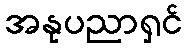
အနုပညာရှင်